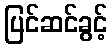
ပြင်ဆင်ခွင့်